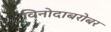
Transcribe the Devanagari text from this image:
विनोदाबरोबर